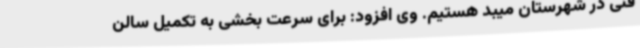
فنی در شهرستان میبد هستیم. وی افزود: برای سرعت بخشی به تکمیل سالن